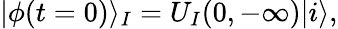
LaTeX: |\phi(t=0)\rangle_{I}=U_{I}(0,-\infty)|i\rangle,